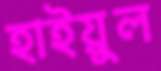
হাইয়ুল